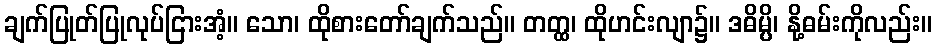
ချက်ပြုတ်ပြုလုပ်ငြားအံ့။ သော၊ ထိုစားတော်ချက်သည်။ တတ္ထ၊ ထိုဟင်းလျာ၌။ ဒဓိမ္ပိ၊ နို့ဓမ်းကိုလည်း။